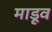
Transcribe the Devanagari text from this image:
माडूव